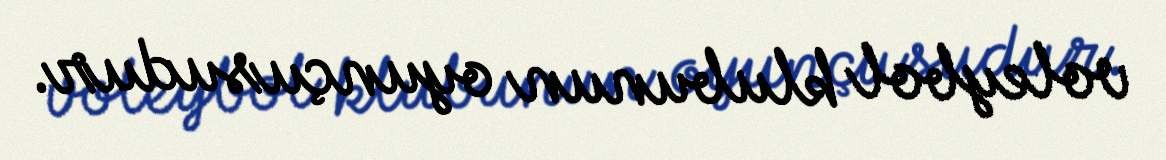
voleybol klubunun oyunçusudur.